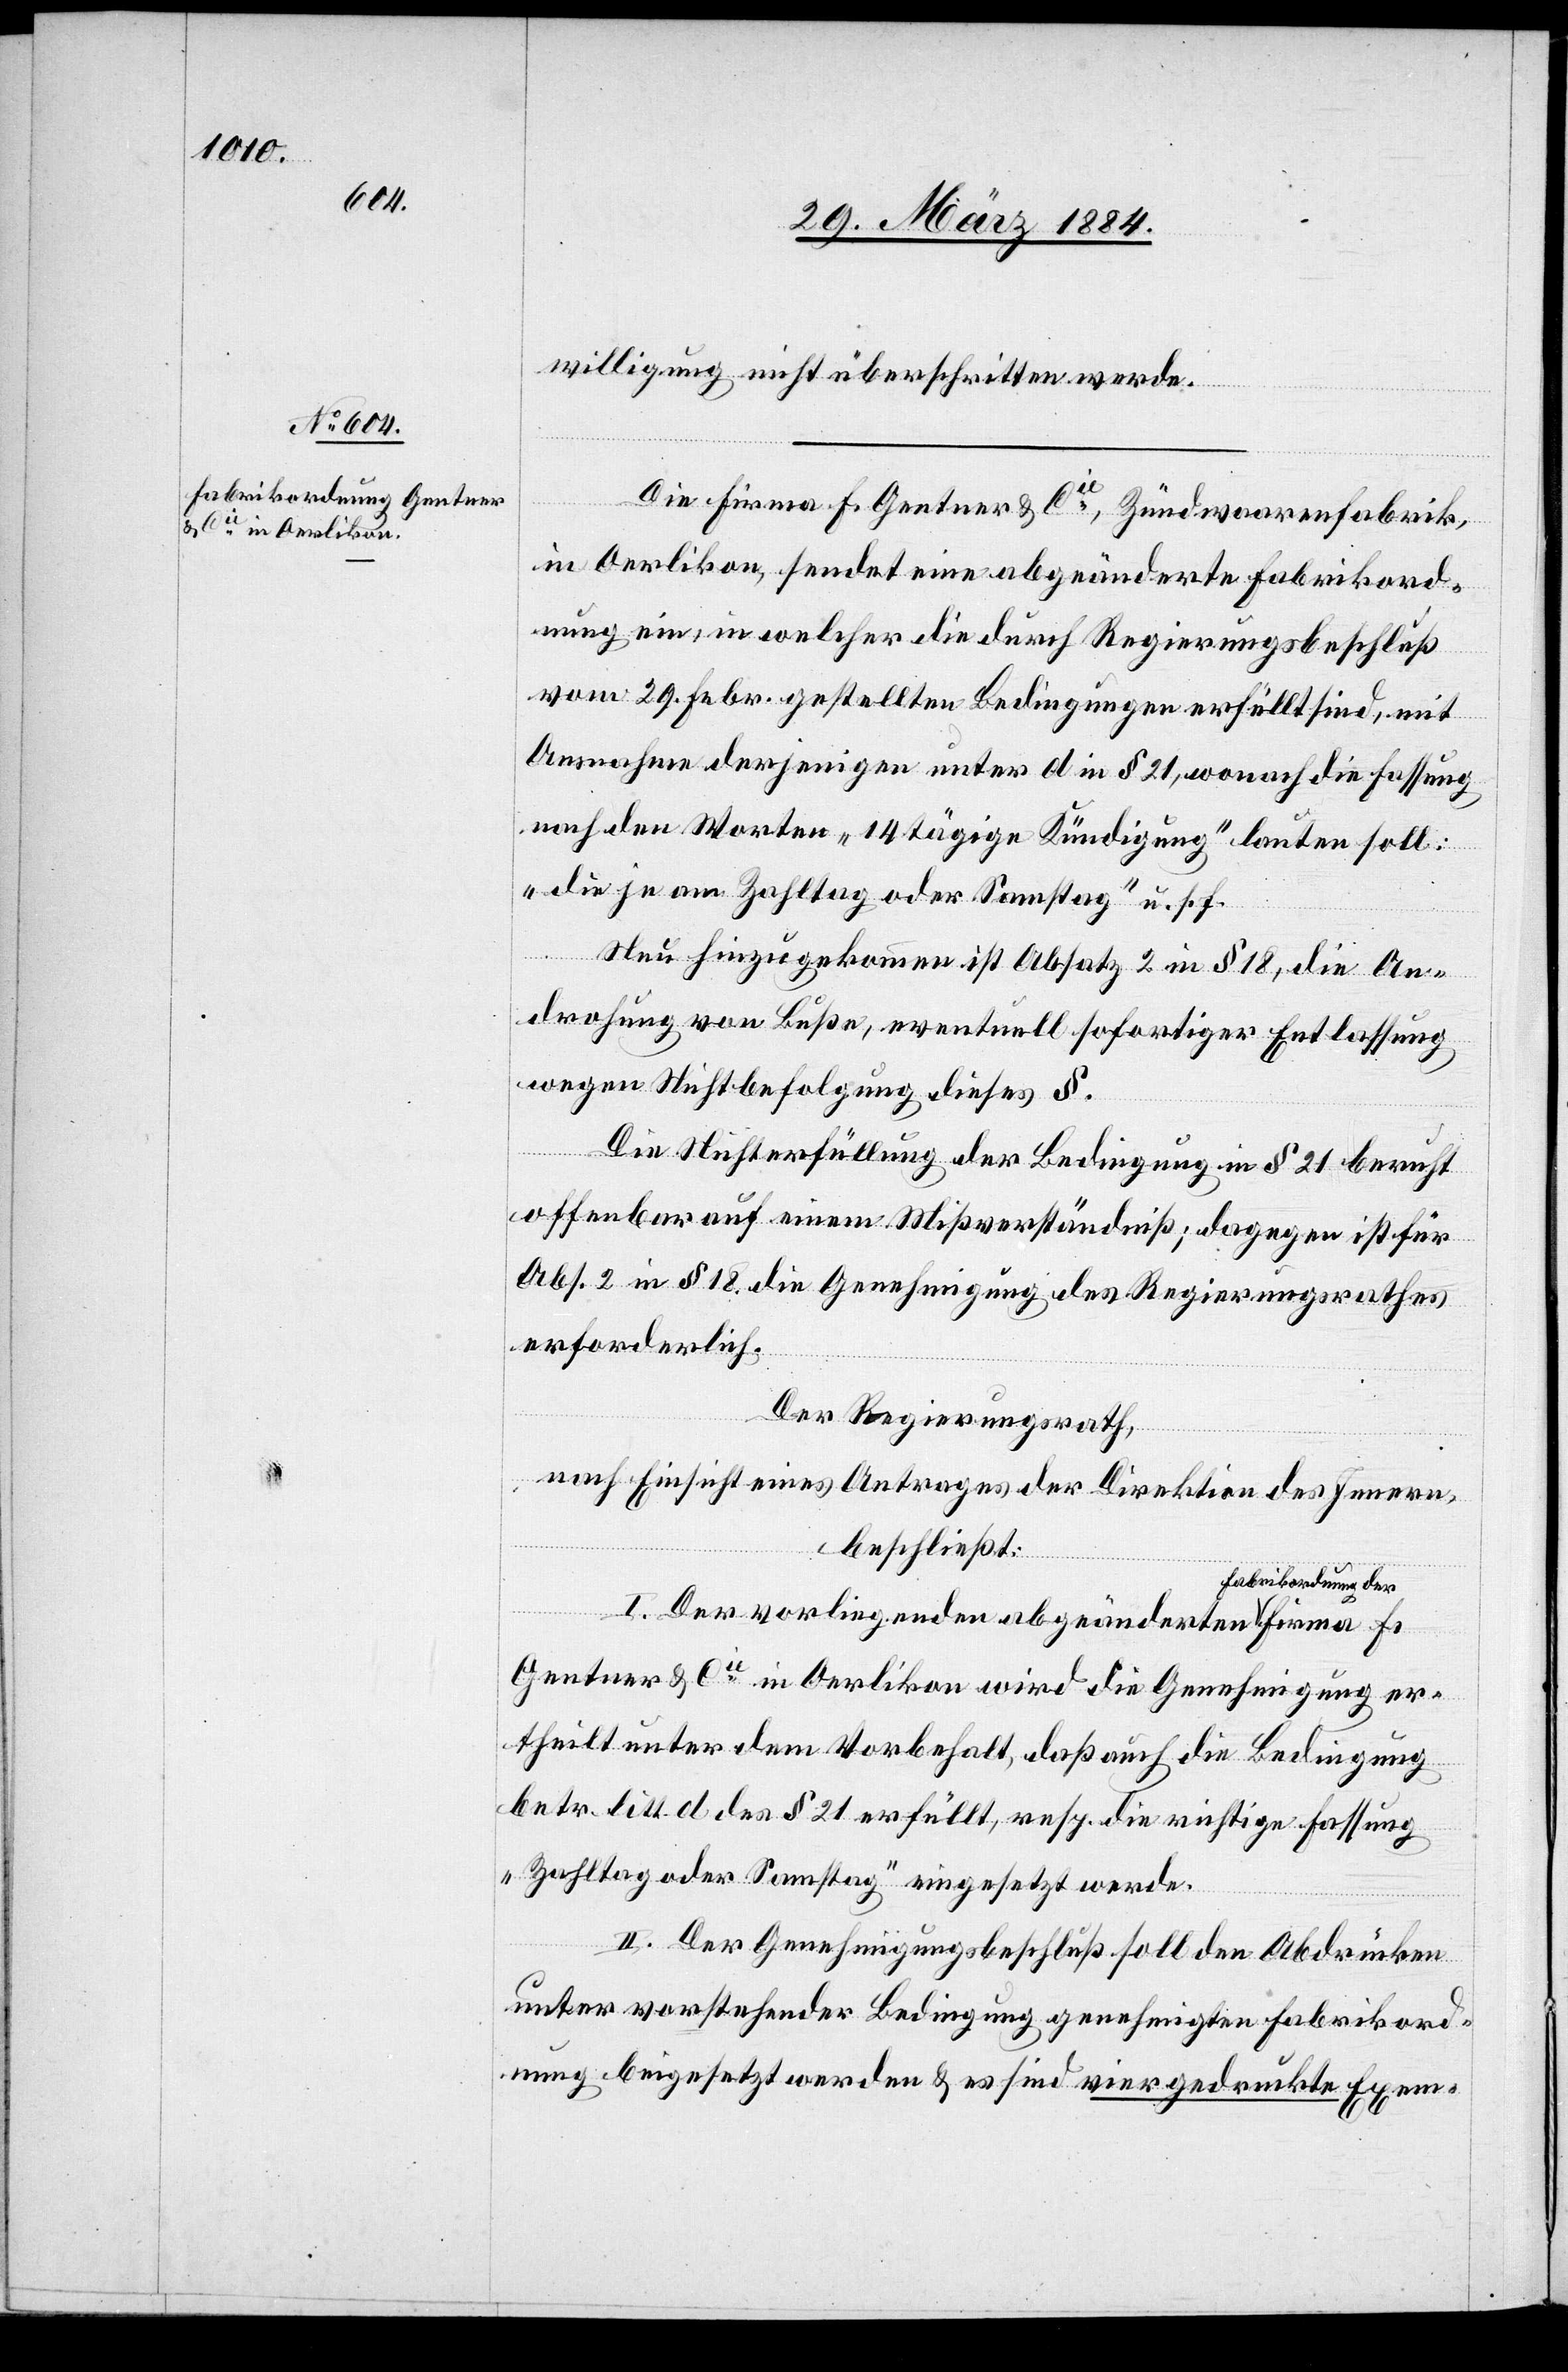
willigung nicht überschritten werde.
Die Firma F. Gentner & Cie, Zündwaarenfabrik,
in Oerlikon, sendet eine abgeänderte Fabrikord¬
nung ein, in welcher die durch Regierungsbeschluß
vom 29. Febr. gestellten Bedingungen erfüllt sind, mit
Ausnahme derjenigen unter d in § 21, wonach die Fassung,
nach den Worten „14tägige Kündigung“ lauten soll:
„die je am Zahltag oder Samstag“ u. s. f.
Neu hinzugekommen ist Absatz 2 in § 18, die An¬
drohung von Bußen, eventuell sofortiger Entlassung
wegen Nichtbefolgung dieses §.
Die Nichterfüllung der Bedingung in § 21 beruht
offenbar auf einem Mißverständniß, dagegen ist für
Abs. 2 in § 18 die Genehmigung des Regierungsrathes
erforderlich.
Der Regierungsrath,
nach Einsicht eines Antrages der Direktion des Innern,
beschließt:
abrikordnung der
I. Der vorliegenden abgeänderten F¬
Gentner & Cie in Oerlikon wird die Genehmigung er¬
theilt unter dem Vorbehalt, daß auch die Bedingung
betr. litt. d des § 21 erfüllt, resp. die richtige Fassung
„Zahltag oder Samstag“ eingesetzt werde.
II. Der Genehmigungsbeschluß soll den Abdrücken
unter vorstehender Bedingung genehmigten Fabrikord¬
nung beigesetzt werden & es sind vier gedruckte Exem-